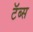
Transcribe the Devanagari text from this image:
टॅब्स